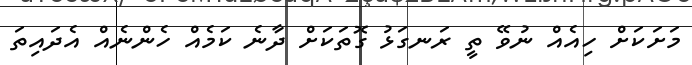
މަށަކަށް ހިއެއް ނުވޭ ތީ ރަނގަޅު ގޮތަކަށް ދާނެ ކަމެއް ހެންނެއް އެދައިތަ